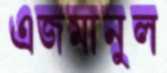
এজমানুল